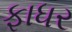
ફાધર